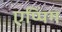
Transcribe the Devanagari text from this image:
एप्पिंग